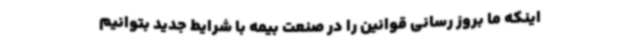
اینکه ما بروز رسانی قوانین را در صنعت بیمه با شرایط جدید بتوانیم